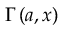
\Gamma \left( a , x \right)